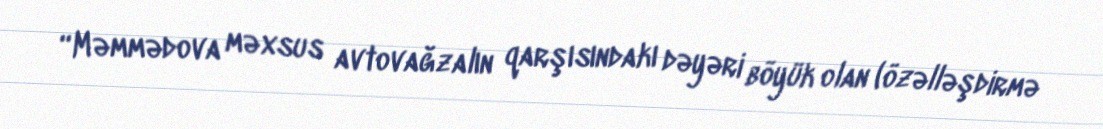
“Məmmədova məxsus avtovağzalın qarşısındakı dəyəri böyük olan (özəlləşdirmə